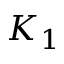
K _ { 1 }